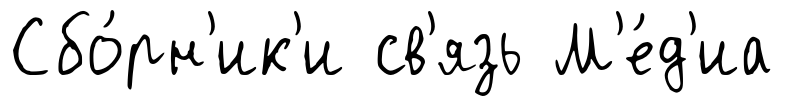
Сбо́рн'ик'и св'язь М'е́д'иа